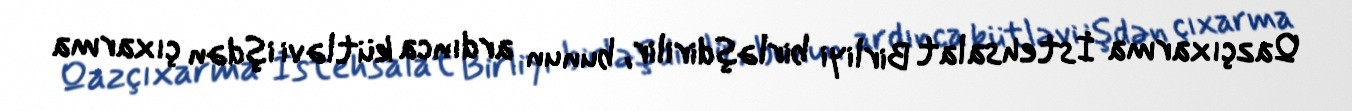
Qazçıxarma İstehsalat Birliyi birləşdirilir, bunun ardınca kütləvi işdən çıxarma